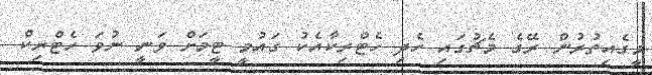
މީގެއިތުރުން ރޭގެ މެޗުގައި ހެދި ހެޓްރިކާއެކު ގައުމީ ޓީމަށް ވަނީ ނުވަ ހެޓްރިކް